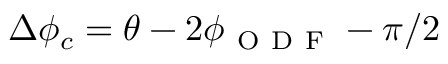
\Delta \phi _ { c } = \theta - 2 \phi _ { \mathrm { ~ O ~ D ~ F ~ } } - \pi / 2